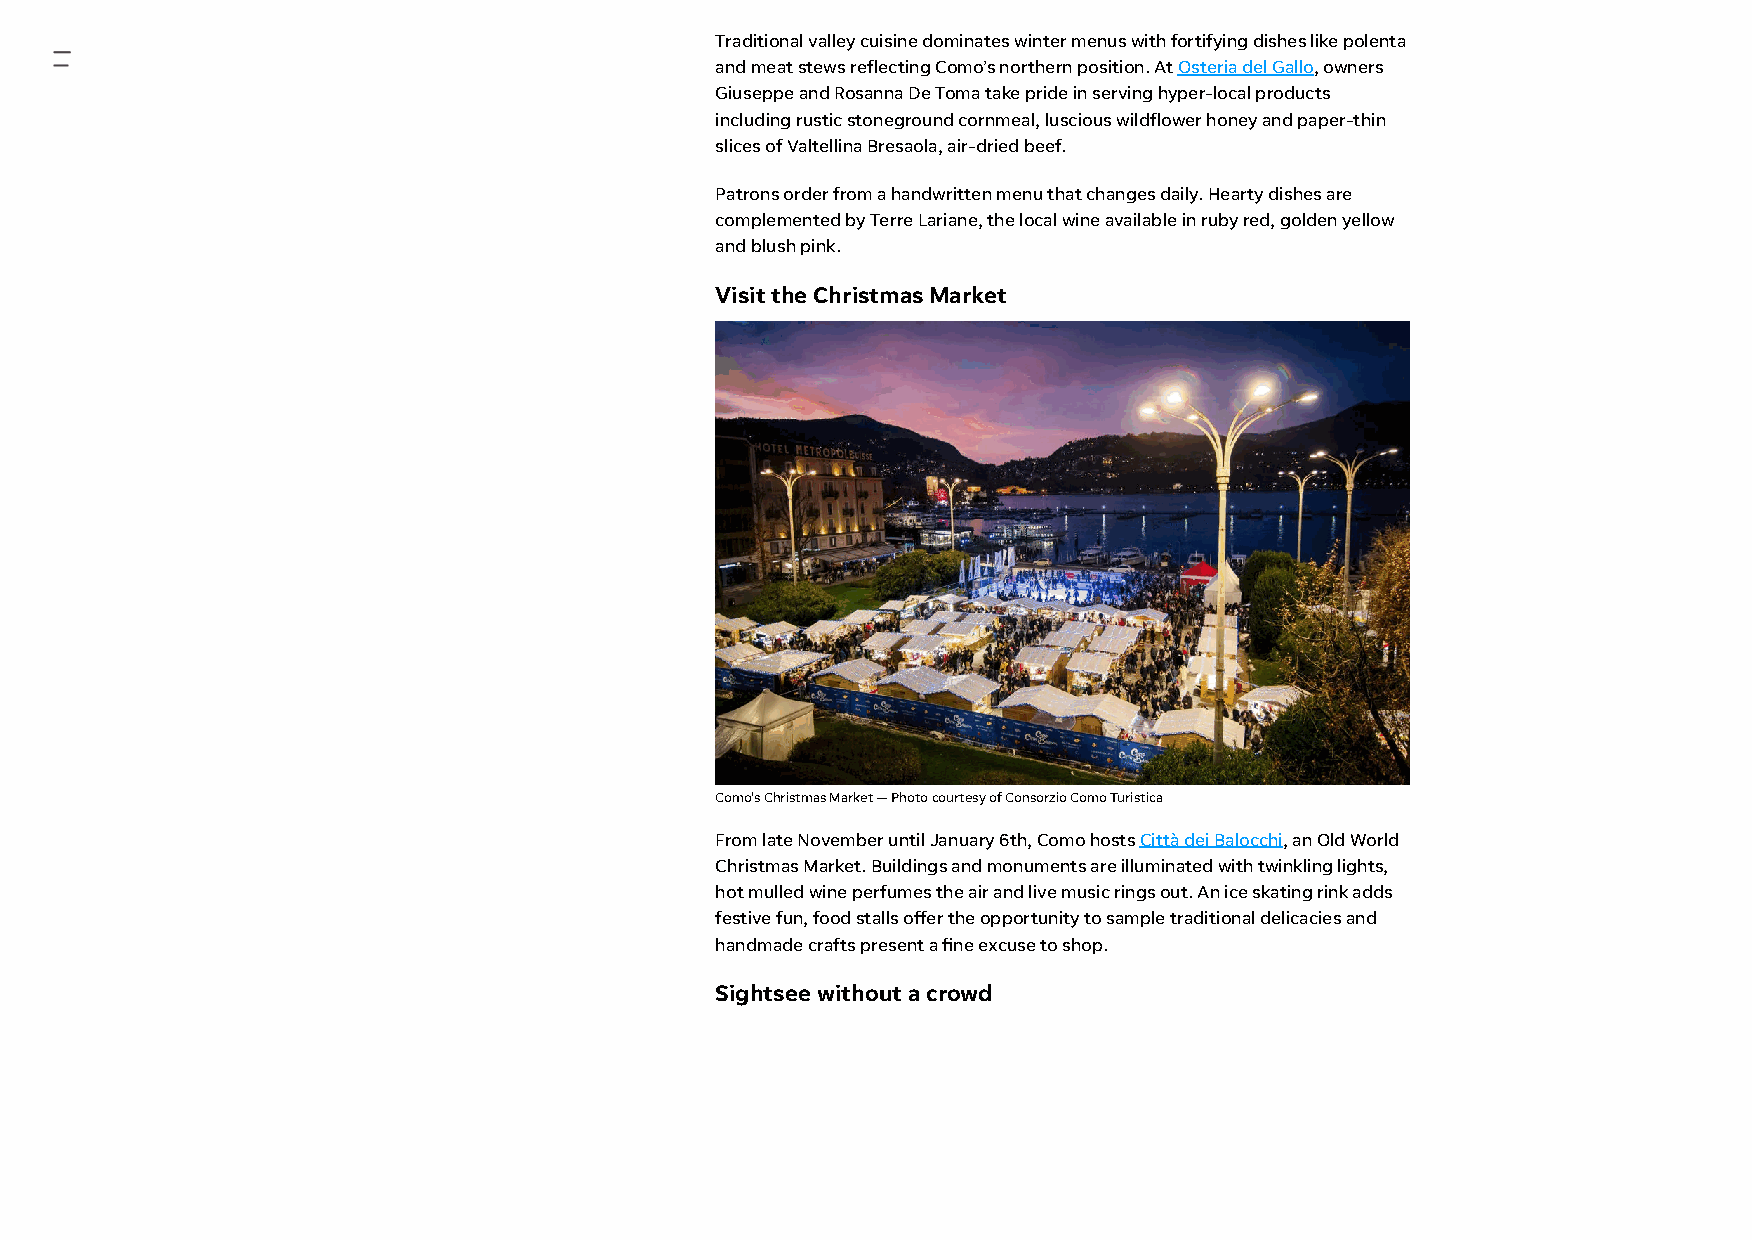
Traditional valley cuisine dominates winter menus with fortifying dishes like polenta
 and meat stews reflecting Como’s northern position. At Osteria del Gallo, owners
 Giuseppe and Rosanna De Toma take pride in serving hyper-local products
 including rustic stoneground cornmeal, luscious wildflower honey and paper-thin
 slices of Valtellina Bresaola, air-dried beef.
 Patrons order from a handwritten menu that changes daily. Hearty dishes are
 complemented by Terre Lariane, the local wine available in ruby red, golden yellow
 and blush pink.
 Visit the Christmas Market
 Como's Christmas Market — Photo courtesy of Consorzio Como Turistica
 From late November until January 6th, Como hosts Città dei Balocchi, an Old World
 Christmas Market. Buildings and monuments are illuminated with twinkling lights,
 hot mulled wine perfumes the air and live music rings out. An ice skating rink adds
 festive fun, food stalls offer the opportunity to sample traditional delicacies and
 handmade crafts present a ne excuse to shop.
 Sightsee without a crowd